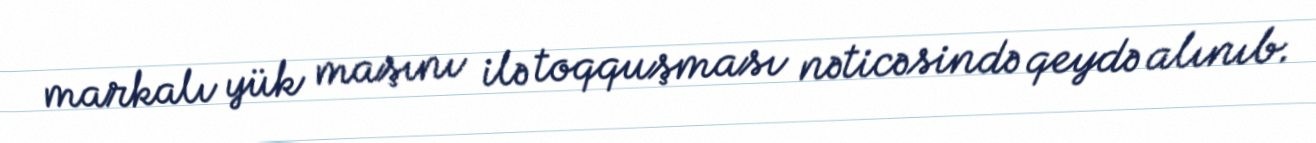
markalı yük maşını ilə toqquşması nəticəsində qeydə alınıb.